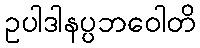
ဥပါဒါနပ္ပဘဝေါတိ